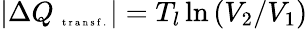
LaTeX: |\Delta Q_{\mathrm{~\tiny~t~r~a~n~s~f~.~}}|=T_{l}\ln\left(V_{2}/V_{1}\right)